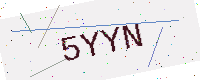
Text: 5YYN